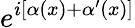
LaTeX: e^{i[\alpha(x)+\alpha^{\prime}(x)]}